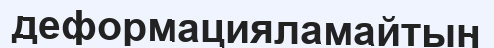
деформацияламайтын